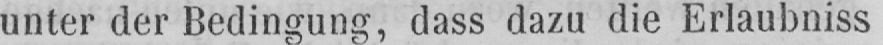
unter der Bedingung, dass dazu die Erlaubniss